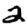
Digit: 2